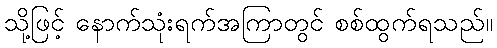
သို့ဖြင့် နောက်သုံးရက်အကြာတွင် စစ်ထွက်ရသည်။